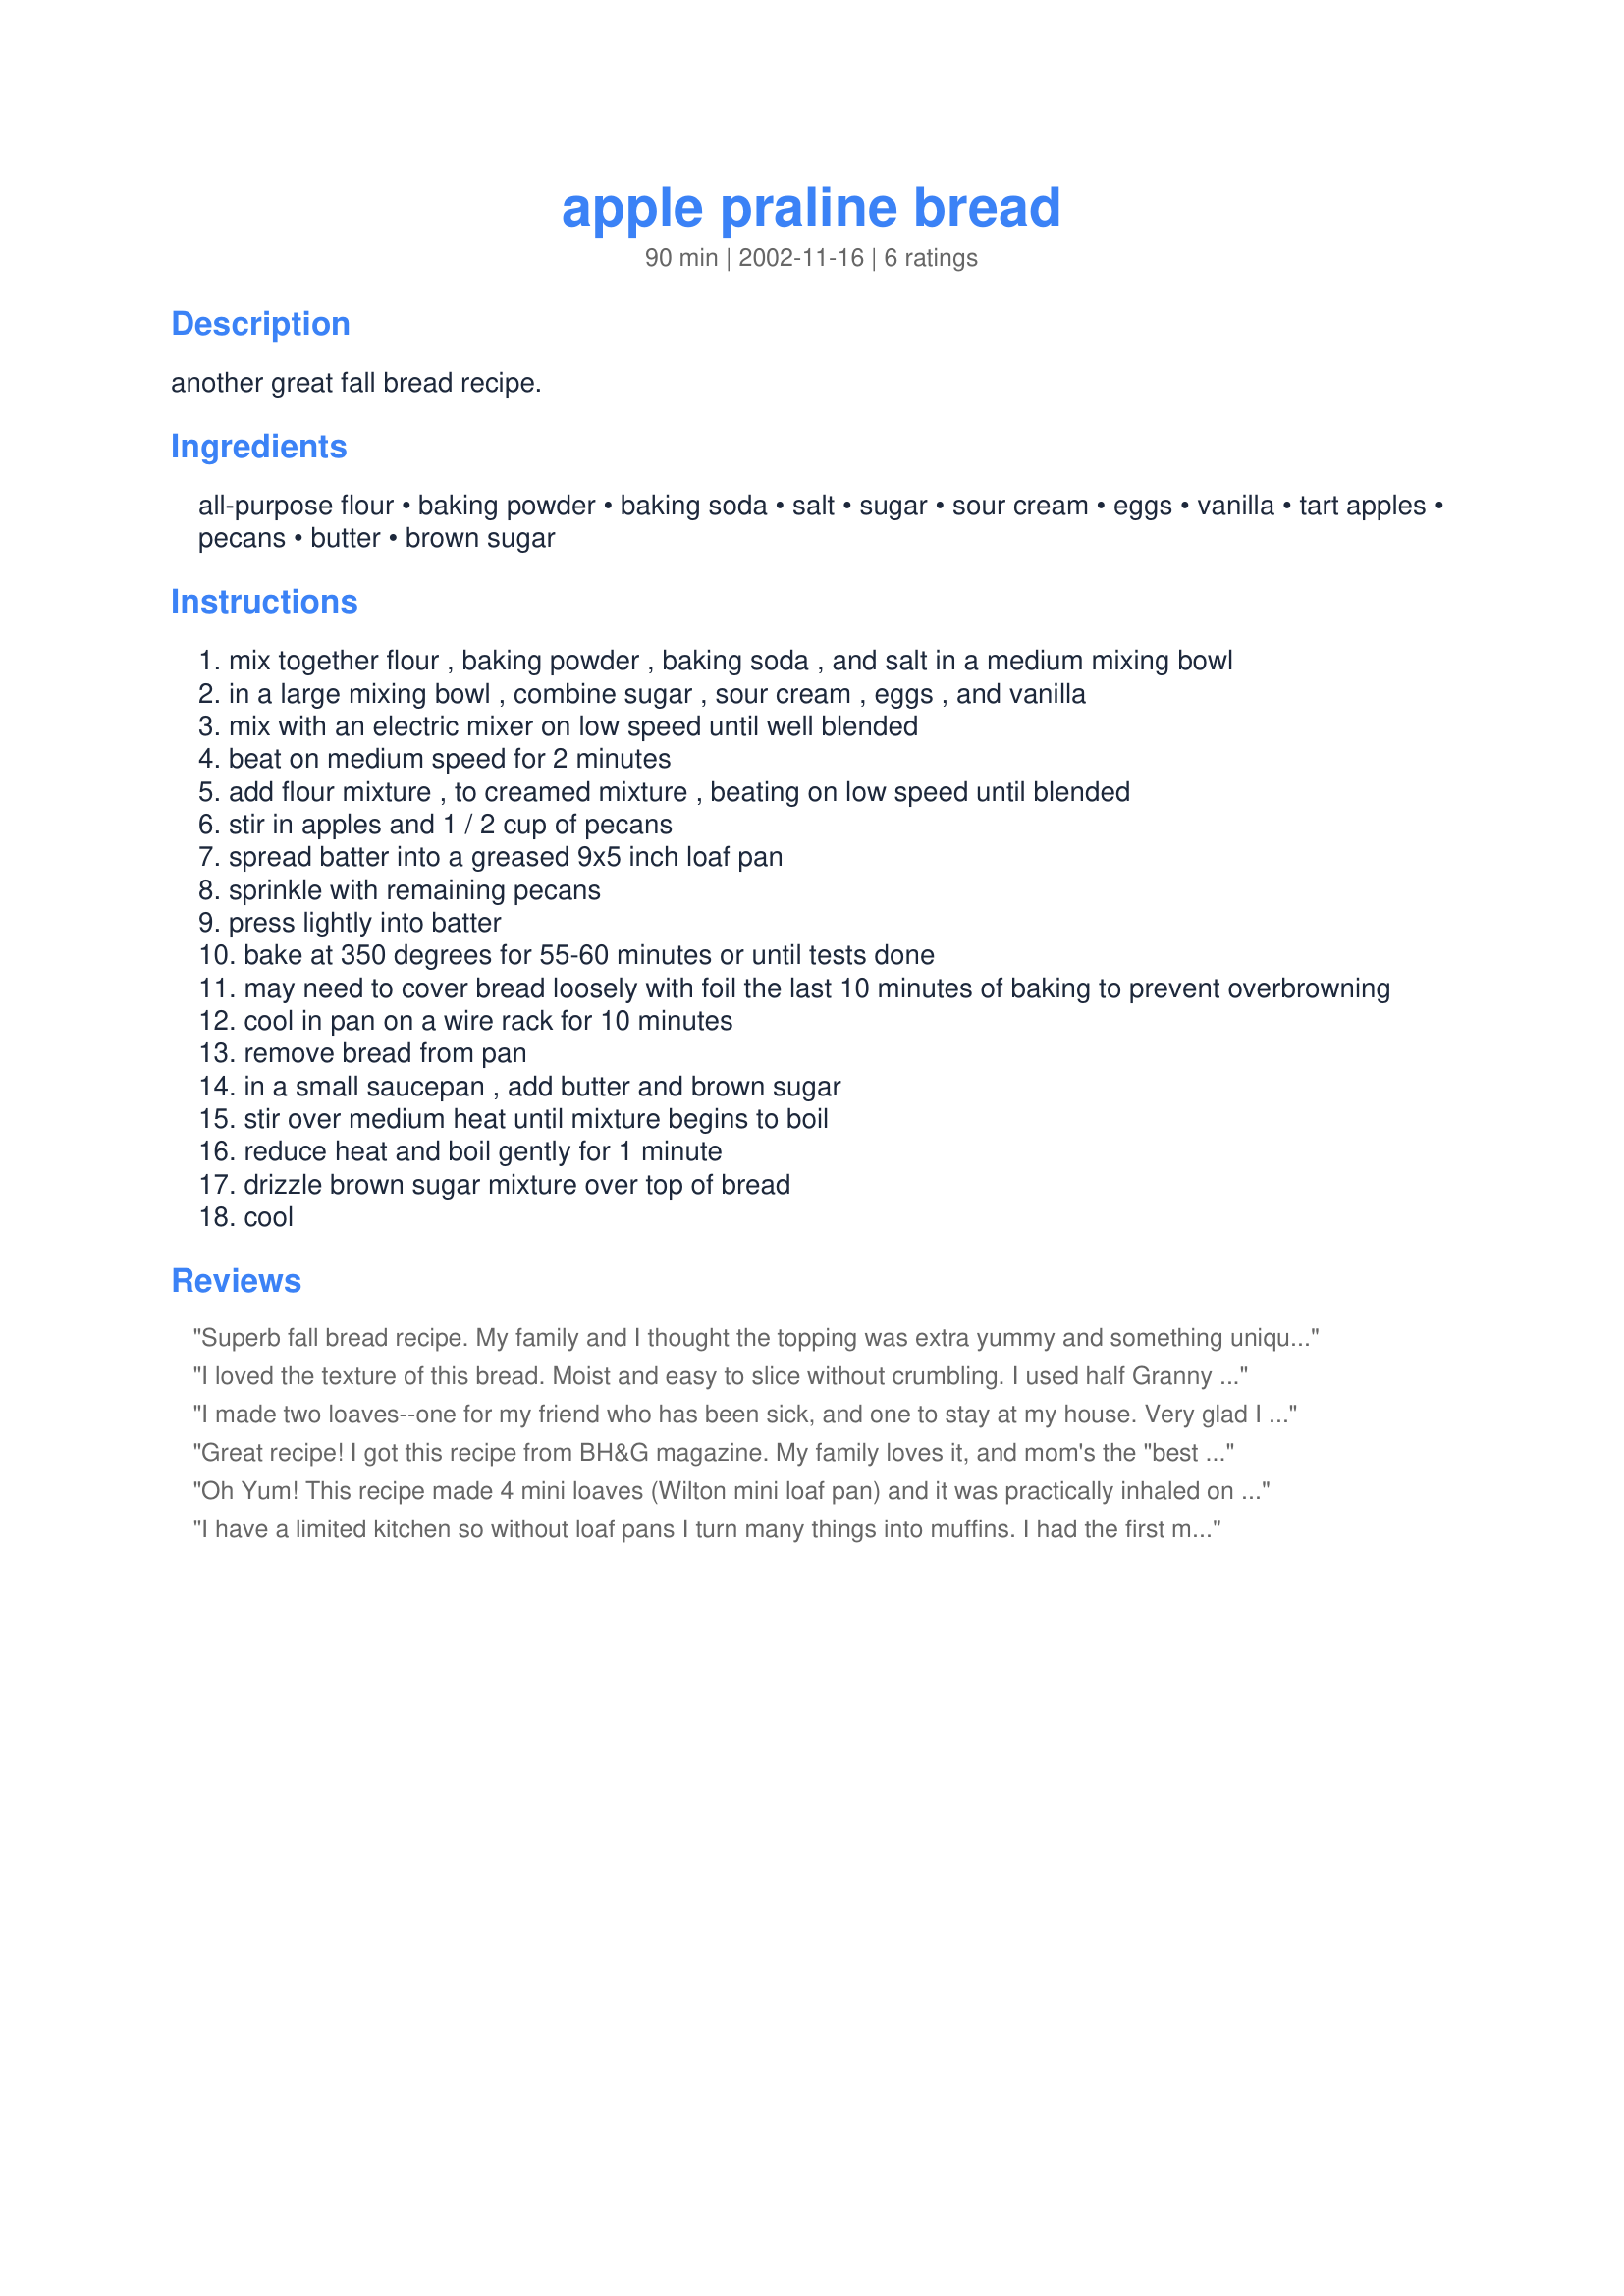
apple praline bread
Preparation time: 90 minutes

another great fall bread recipe.

Ingredients:
all-purpose flour, baking powder, baking soda, salt, sugar, sour cream, eggs, vanilla, tart apples, pecans, butter, brown sugar

Steps:
mix together flour , baking powder , baking soda , and salt in a medium mixing bowl
in a large mixing bowl , combine sugar , sour cream , eggs , and vanilla
mix with an electric mixer on low speed until well blended
beat on medium speed for 2 minutes
add flour mixture , to creamed mixture , beating on low speed until blended
stir in apples and 1 / 2 cup of pecans
spread batter into a greased 9x5 inch loaf pan
sprinkle with remaining pecans
press lightly into batter
bake at 350 degrees for 55-60 minutes or until tests done
may need to cover bread loosely with foil the last 10 minutes of baking to prevent overbrowning
cool in pan on a wire rack for 10 minutes
remove bread from pan
in a small saucepan , add butter and brown sugar
stir over medium heat until mixture begins to boil
reduce heat and boil gently for 1 minute
drizzle brown sugar mixture over top of bread
cool

Reviews:
Superb fall bread recipe. My family and I thought the topping was extra yummy and something unique. Made a moist and tender loaf. Thank-you Nurse Di. Plan of using this one lots.
I loved the texture of this bread. Moist and easy to slice without crumbling. I used half Granny Smith and half Red Delicious apples and was disappointed that the apple flavor was very subtle. In fact one taster didn't realize it was apple bread. The glaze was delicious.
I made two loaves--one for my friend who has been sick, and one to stay at my house. Very glad I did that. The bread was moist but with the nice texture of the apples and pecans. The topping is what puts it over the top. I suggest eating it warm with melted butter and a little cinnamon sprinkled on top. Divine. Thanks Nurse Di.
Great recipe! I got this recipe from BH&G magazine. My family loves it, and mom's the "best cook ever". The one change I make to the recipe is for the praline topping I use 1/3 cup butter and 1/3 cup brown sugar~ we like the topping.
Thanks for posting.
Rachel C.
Oh Yum! This recipe made 4 mini loaves (Wilton mini loaf pan) and it was practically inhaled on Thanksgiving!.....Definitely make sure you boil the topping for the recommended time as it will be "grainy" from the sugar if you do not.
I have a limited kitchen so without loaf pans I turn many things into muffins. I had the first muffin without the glaze and was not impressed; however, they tasted much better the next day - with and without the butter/sugar topping. It didn't exactly 'glaze' for me, but it tasted good. Also, for what it is worth, I used yogurt instead of sour cream. For the right occasion I would make these again.
